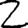
Digit: 2